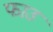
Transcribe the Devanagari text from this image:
फाउ